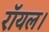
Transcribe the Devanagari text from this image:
रॉयल।